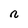
Character: n